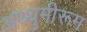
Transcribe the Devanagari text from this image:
अथ्थुमीरूम